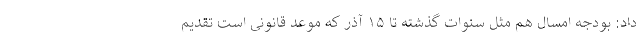
داد: بودجه امسال هم مثل سنوات گذشته تا ۱۵ آذر که موعد قانونی است تقدیم